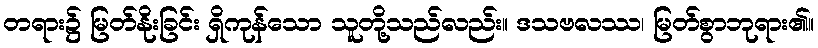
တရား၌ မြတ်နိုးခြင်း ရှိကုန်သော သူတို့သည်လည်း။ ဒသဗလဿ၊ မြတ်စွာဘုရား၏။